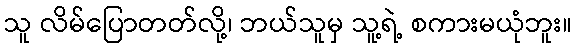
သူ လိမ်ပြောတတ်လို့၊ ဘယ်သူမှ သူ့ရဲ့ စကားမယုံဘူး။